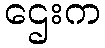
ဌေးက